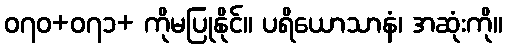
၀၇၀+၀၇၁+ ကိုမပြုနိုင်။ ပရိယောသာနံ၊ အဆုံးကို။